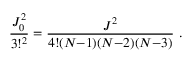
\frac { J _ { 0 } ^ { 2 } } { 3 ! ^ { 2 } } = \frac { J ^ { 2 } } { 4 ! ( N { - } 1 ) ( N { - } 2 ) ( N { - } 3 ) } ~ .